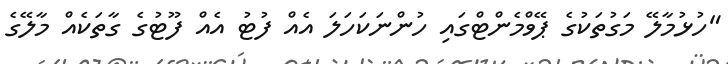
"ހުޅުމާލޭ މަގުތަކުގެ ޕޭވްމެންޓްގައި ހުންނަކަހަލަ އެއް ފުޓު އެއް ފޫޓުގެ ގާތަކެއް މާލޭގެ